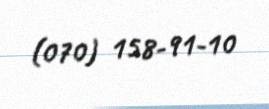
(070) 158-91-10